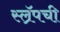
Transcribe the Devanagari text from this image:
स्ल्रॅपची